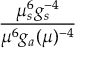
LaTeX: { \frac { \mu _ { s } ^ { 6 } g _ { s } ^ { - 4 } } { \mu ^ { 6 } g _ { a } ( \mu ) ^ { - 4 } } }